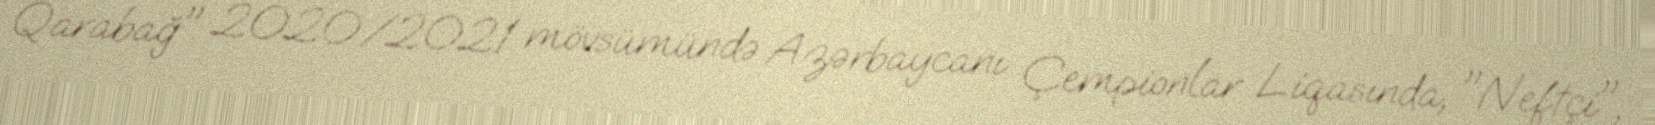
Qarabağ" 2020/2021 mövsümündə Azərbaycanı Çempionlar Liqasında, "Neftçi",